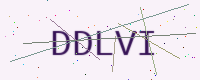
Text: DDLVI